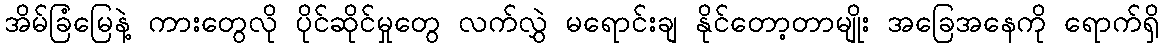
အိမ်ခြံမြေနဲ့ ကားတွေလို ပိုင်ဆိုင်မှုတွေ လက်လွှဲ မရောင်းချ နိုင်တော့တာမျိုး အခြေအနေကို ရောက်ရှိ